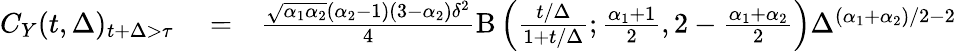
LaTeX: \begin{array}{rlr}{C_{Y}(t,\Delta)_{t+\Delta>\tau}}&{{}=}&{\frac{\sqrt{\alpha_{1}\alpha_{2}}(\alpha_{2}-1)(3-\alpha_{2})\delta^{2}}{4}\mathrm{B}\left(\frac{t/\Delta}{1+t/\Delta};\frac{\alpha_{1}+1}{2},2-\frac{\alpha_{1}+\alpha_{2}}{2}\right)\Delta^{(\alpha_{1}+\alpha_{2})/2-2}}\end{array}